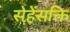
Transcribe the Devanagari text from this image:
सेहेंसक्ति